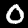
Label: 0